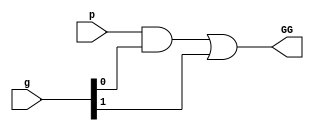
`timescale 1ns / 1ps
module grey #(parameter val=2)(output GG, input [val-1:0] g, input [val-1:1] p);
wire [val-1:0] gg,wr;
assign gg[0]= g[0];

genvar k;
generate
  for(k=0;k<(val-1);k=k+1)
  begin
    and(wr[k],p[k+1],gg[k]);
    or (gg[k+1],wr[k],g[k+1]);  
  end
endgenerate

assign GG= gg[val-1];

endmodule